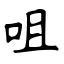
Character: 咀